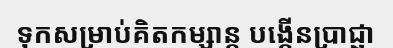
ទុកសម្រាប់គិតកម្សាន្ត បង្កើនប្រាជ្ញា